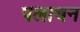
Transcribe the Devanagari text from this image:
पलाचन